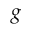
g